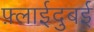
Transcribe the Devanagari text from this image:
फ़्लाईदुबई